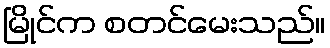
မြိုင်က စတင်မေးသည်။